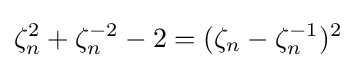
\zeta _{n}^{2}+\zeta _{n}^{-2}-2=(\zeta _{n}-\zeta _{n}^{-1})^{2}